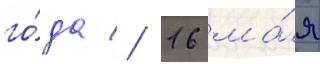
го́да // 16 ма́я